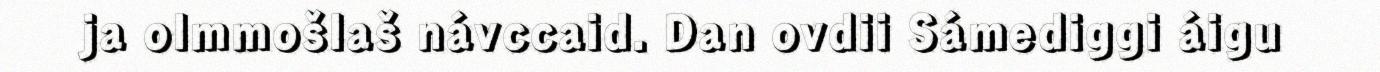
ja olmmošlaš návccaid. Dan ovdii Sámediggi áigu